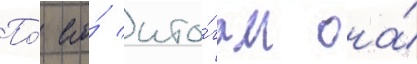
По́ его́ ито́гам она́